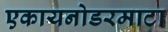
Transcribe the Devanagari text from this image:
एकायनोडरमाटा